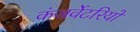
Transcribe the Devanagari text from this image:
कंजर्वेटरियों